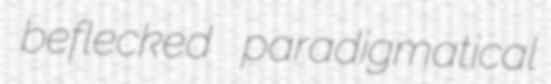
beflecked paradigmatical